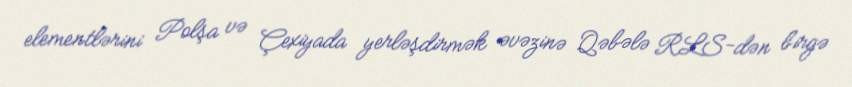
elementlərini Polşa və Çexiyada yerləşdirmək əvəzinə Qəbələ RLS-dən birgə